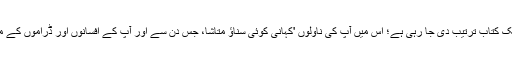
ڈاکٹر صادقہ نواب سحر صاحبہ کی ناول نگاری اور آپ کے فکر و فن پر ایک کتاب ترتیب دی جا رہی ہے؛ اس میں آپ کی ناولوں 'کہانی کوئی سناؤ متاشا، جس دن سے اور آپ کے افسانوں اور ڈراموں کے مجموعے کے بارے میں مختلف اہلِ فکر و نظر کے مضامین شامل ہوں گے۔